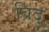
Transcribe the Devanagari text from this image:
ब्रिदु